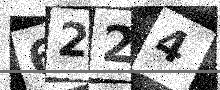
Text: 6224